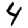
Digit: 4